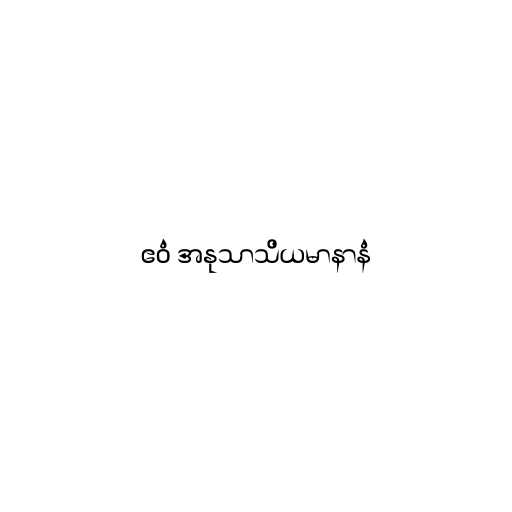
ဧဝံ အနုသာသိယမာနာနံ